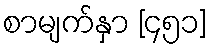
စာမျက်နှာ [၄၅၁]